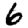
Digit: 6